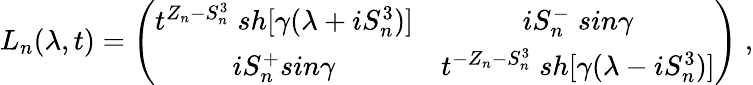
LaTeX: L_{n}(\lambda,t)=\left(\begin{array}{cc}{{t^{Z_{n}-S_{n}^{3}}\; sh[\gamma(\lambda+iS_{n}^{3})]}}&{{iS_{n}^{-}\; sin\gamma}}\\ {{iS_{n}^{+}sin\gamma}}&{{t^{-Z_{n}-S_{n}^{3}}\; sh[\gamma(\lambda-iS_{n}^{3})]}}\end{array}\right)\; ,